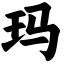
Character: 玛